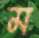
ম